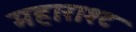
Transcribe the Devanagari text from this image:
महाराश्ट